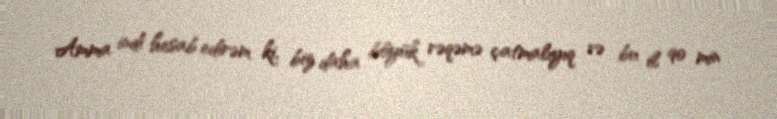
Amma indi hesab edirəm ki, biz daha böyük rəqəmə çatmalıyıq və bu il 90 min